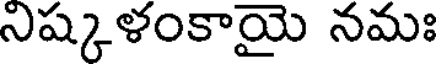
నిష్కళంకాయై నమః